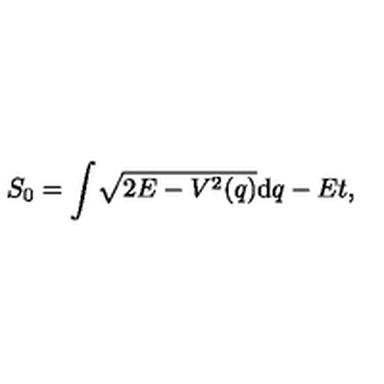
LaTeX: S _ { 0 } = \int \! \sqrt { 2 E - V ^ { 2 } ( q ) } \mathrm { d } q - E t ,